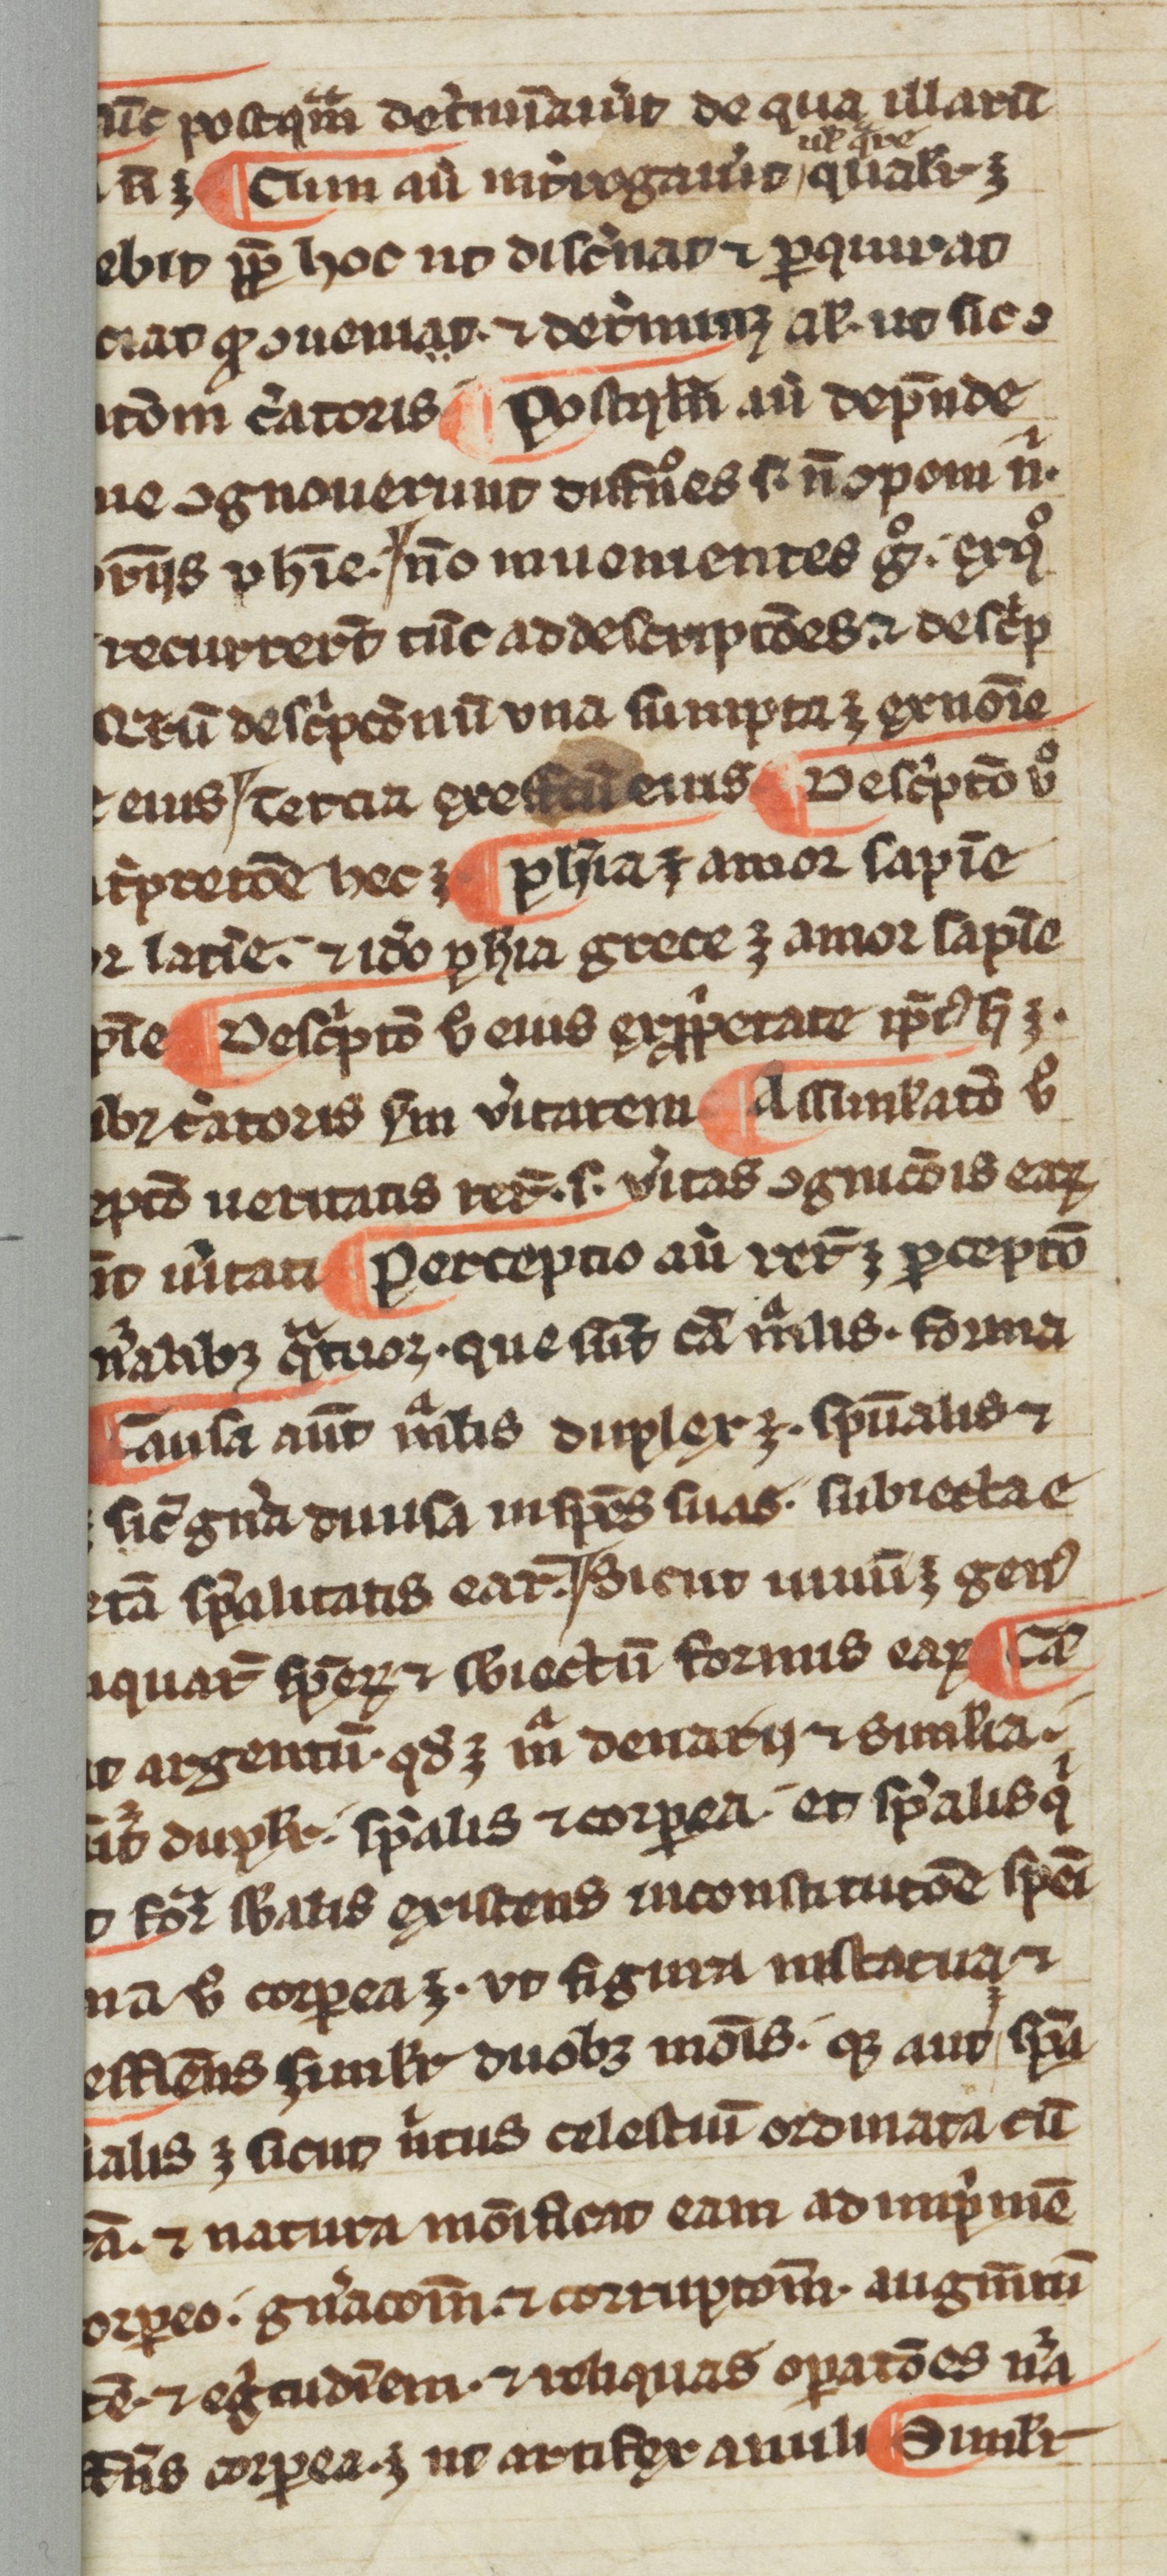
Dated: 1300–1399